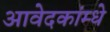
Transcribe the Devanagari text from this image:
आवेदकांम्धे